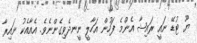
ޔޫ ޓުޑޭ ނައީ ރައިޝާ އެންމެ ފަހުން އަހާލީ ނީނދެވިގެންނެވެ. އެއާއެކު ނައިރާ